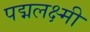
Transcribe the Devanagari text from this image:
पद्मलक्ष्मी